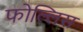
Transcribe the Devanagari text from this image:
फोल्लिस